Report on sanitation, dispensaries, and jails in Rajputana for 1914, and on vaccination for the year 1914-1915 - 1914-1915
Year: 1914
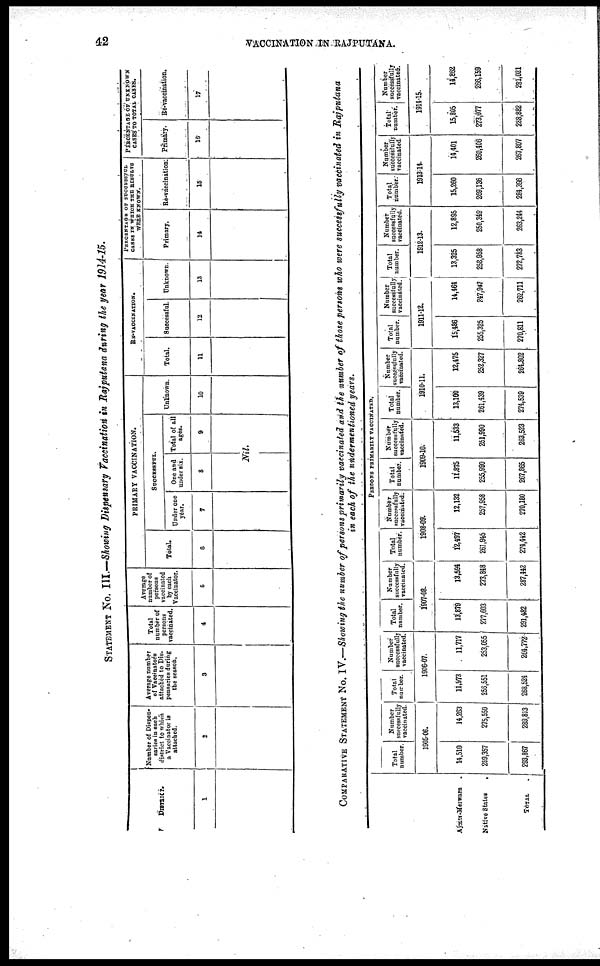
42
VACCINATION IN RAJPUTANA.
STATEMENT No. III.—Showing Dispensary Vaccination in Rajputana during the year 1914-15.
DISTRICT.
1
Number of Dispen¬
saries in each
district to which
a Vaccinator is
attached.
2
Average number
of Vaccinators
attached to Dis¬
pensaries during
the season.
3
Total
number of
persons
vaccinated.
4
Average
number of
persons
vaccinated
by each
Vaccinator.
5
PRIMARY VACCINATION.
Total.
6
SUCCESSFUL.
Under one
year.
7
One and
under six.
8
Total of all
ages.
9
Nil.
Unknown.
10
RE-VACCINATION.
Total.
11
Successful.
12
Unknown.
13
PERCETAGE OF SUCCESSFUL
CASES IN WHICH THE RESULTS
WERE KNOWN.
Primary.
14
Re-vaccination.
15
PERCENTAGE OF UNKNOWN
CASES TO TOTAL CASES.
Primary.
16
Re-vaccination.
17
COMPARATIVE STATEMENT No. IV.—Showing the number of persons primarily vaccinated and the number of those persons who were successfully vaccinated in Rajputana
in each of the undermentioned years.
Ajmer-Merwara .
Native States .
TOTAL .
PERSONS PRIMARILY VACCINATED.
Total
number.
Number
successfully
vaccinated.
1905-06.
14,510
289,357
293,867
14,263
275,550
289,813
Total
number.
Number
successfully
vaccinated.
1906-07.
11,673
256,551
268,524
11,717
253,055
264,772
Total
number.
Number
Successfully
vaccinated.
1907-08.
13,879
277,603
291,482
13,594
273,848
287,442
Total
number.
Number
successfully
vaccinated.
1908-09.
12,497
261,945
274,442
12,132
257,958
270,180
Total
number.
Number
successfully
vaccinated.
1909-10.
11,875
255,990
267,865
11,533
251,990
263,523
Total
number.
Number
successfully
vaccinated.
1910-11.
13,100
261,439
274,539
12,475
252,327
264,802
Total
number.
Number
successfully
vaccinated.
1911-12.
15,486
255,325
270,811
14,464
247,947
262,711
Total
number.
Number
successfully
vaccinated.
1912-13.
13,325
258,958
272,783
12,895
250,349
263,244
Total
number.
Number
successfully
vaccinated
1913-14.
15,260
269,136
284,396
14,401
260,406
267,807
Totat
number.
Number
successfully
vaccinated.
1914-15.
15,805
273,077
288,882
14,862
266,159
281,021